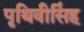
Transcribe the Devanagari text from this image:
पृथिवीसिंह